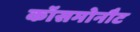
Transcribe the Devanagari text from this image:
कॉसमोनौट